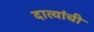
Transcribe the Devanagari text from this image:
दात्यांची